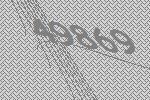
49869